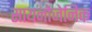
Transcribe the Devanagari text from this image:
सायनोजेनिक